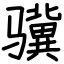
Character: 骥